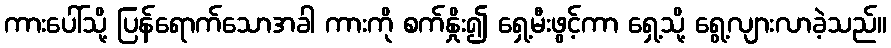
ကားပေါ်သို့ ပြန်ရောက်သောအခါ ကားကို စက်နှိုး၍ ရှေ့မီးဖွင့်ကာ ရှေ့သို့ ရွေ့လျားလာခဲ့သည်။